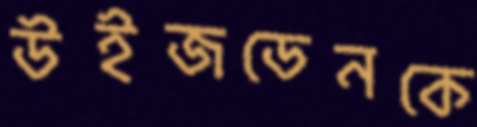
উইজডেনকে